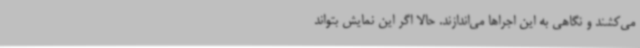
می‌کشند و نگاهی به این اجراها می‌اندازند. حالا اگر این نمایش بتواند